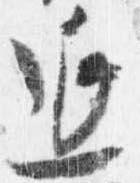
延